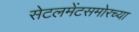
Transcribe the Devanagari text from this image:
सेटलमेंटसमोरच्या